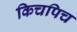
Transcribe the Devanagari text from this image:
किचपिच